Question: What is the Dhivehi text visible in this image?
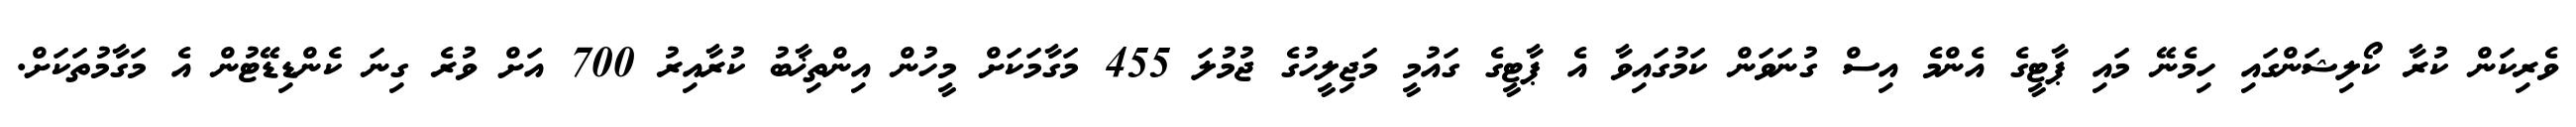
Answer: ވެރިކަން ކުރާ ކޯލިޝަންގައި ހިމެނޭ މައި ޕާޓީގެ އެންމެ އިސް ގުނަވަން ކަމުގައިވާ އެ ޕާޓީގެ ގައުމީ މަޖިލީހުގެ ޖުމުލަ 455 މަގާމަކަށް މީހުން އިންތިޚާބު ކުރާއިރު 700 އަށް ވުރެ ގިނަ ކެންޑިޑޭޓުން އެ މަގާމުތަކަށް.